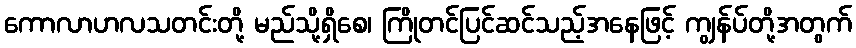
ကောလာဟလသတင်းတို့ မည်သို့ရှိစေ၊ ကြိုတင်ပြင်ဆင်သည့်အနေဖြင့် ကျွန်ပ်တို့အတွက်